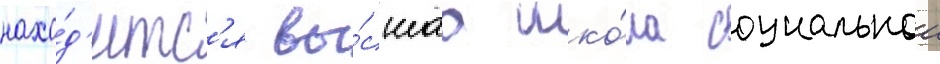
нахо́д'итс'я вы́сшаа шко́ла социальнои